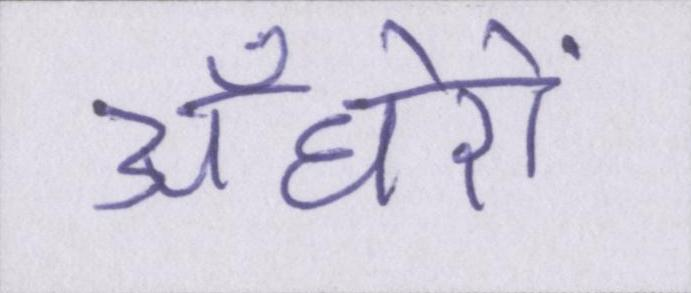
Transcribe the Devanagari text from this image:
अँधेरों